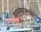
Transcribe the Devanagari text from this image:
मुसमालनों